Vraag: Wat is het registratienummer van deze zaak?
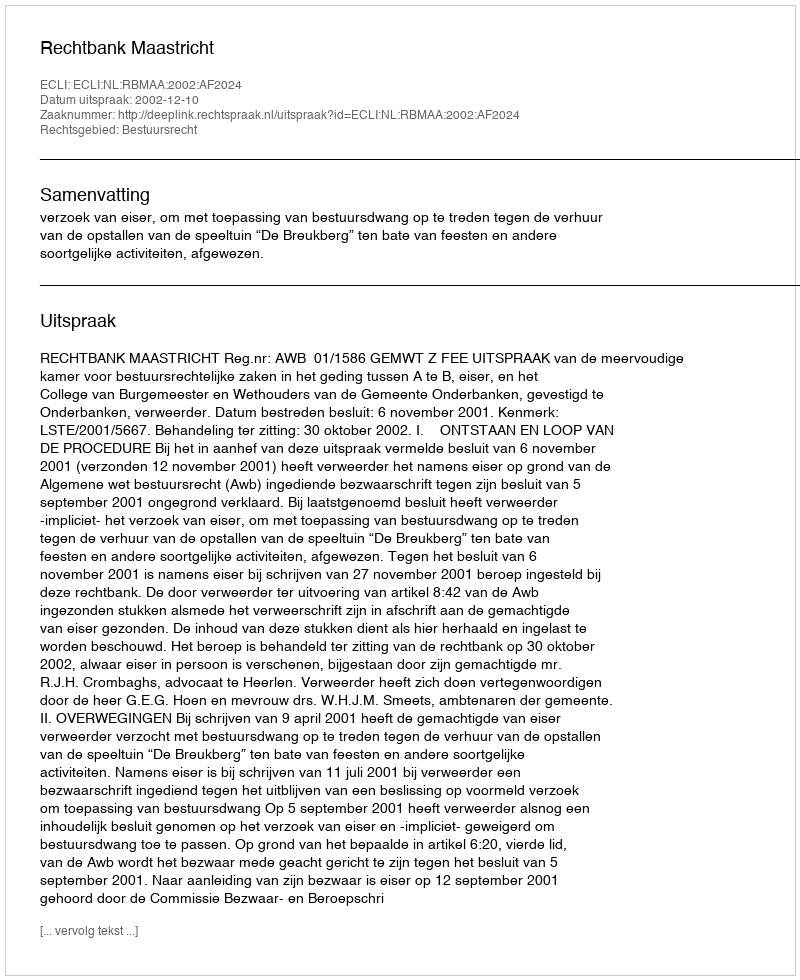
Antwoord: http://deeplink.rechtspraak.nl/uitspraak?id=ECLI:NL:RBMAA:2002:AF2024